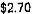
$2.70